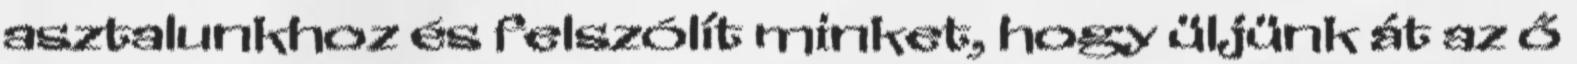
asztalunkhoz és felszólít minket, hogy üljünk át az ő